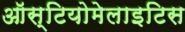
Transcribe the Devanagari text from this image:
ऑस्टियोमेलाइटिस